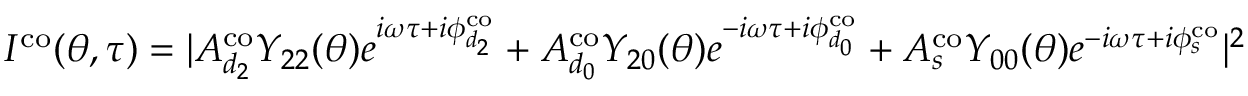
I ^ { \mathrm { { c o } } } ( \theta , \tau ) = | A _ { d _ { 2 } } ^ { \mathrm { { c o } } } Y _ { 2 2 } ( \theta ) e ^ { i \omega \tau + i \phi _ { d _ { 2 } } ^ { \mathrm { { c o } } } } + A _ { d _ { 0 } } ^ { \mathrm { { c o } } } Y _ { 2 0 } ( \theta ) e ^ { - i \omega \tau + i \phi _ { d _ { 0 } } ^ { \mathrm { { c o } } } } + A _ { s } ^ { \mathrm { { c o } } } Y _ { 0 0 } ( \theta ) e ^ { - i \omega \tau + i \phi _ { s } ^ { \mathrm { { c o } } } } | ^ { 2 }